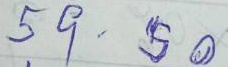
59 - 50